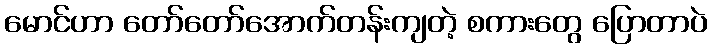
မောင်ဟာ တော်တော်အောက်တန်းကျတဲ့ စကားတွေ ပြောတာပဲ